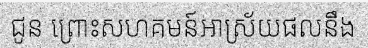
ជូន ព្រោះសហគមន៍អាស្រ័យផលនឹង